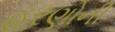
હરણોની